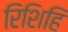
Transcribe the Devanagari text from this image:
रिशिहि